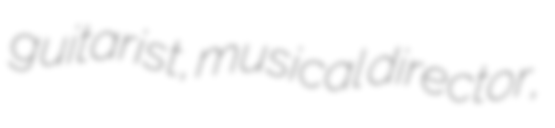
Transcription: guitarist, musical director,